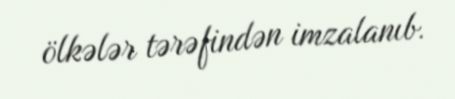
ölkələr tərəfindən imzalanıb.